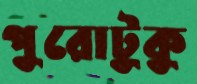
পুরোটুকু